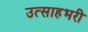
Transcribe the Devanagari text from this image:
उत्साहभरी